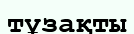
тұзақты